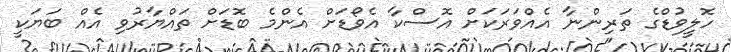
ހޮލީވުޑްގެ ތަރިންނާ އެއްވަރަކަށް އޮސްކާ އެވޯޑަށް އެންމެ ބޮޑަށް ތައްޔާރުވި އެއް ބަޔަކީ